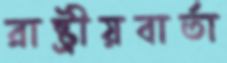
রাষ্ট্রীয়বার্তা